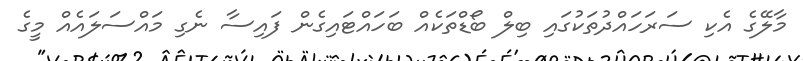
މާލޭގެ އެކި ސަރަހައްދުތަކުގައި ބިލް ބޯޑްތަކެއް ބަހައްޓައިގެން ފައިސާ ނެގި މައްސަލައެއް މީގެ